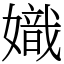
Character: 嬂